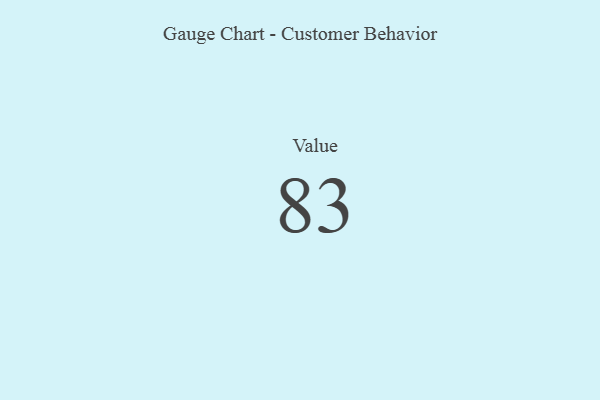
{"axis": {"x": "Metric", "y": "Value"}, "legend": [""], "data": [{"x": "Value", "y": 83, "type": ""}]}